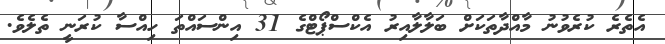
އެތެރެ ކުރެވުނު މާއްދާތަކަށް ބަލާލާއިރު އެކްސްޕޯޓްގެ 31 އިންސައްްތަ ހިއްސާ ކުރަނީ ތެލެވެ.